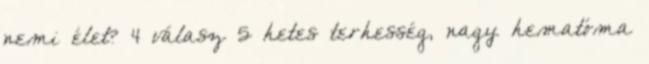
nemi élet? 4 válasz 5 hetes terhesség, nagy hematóma